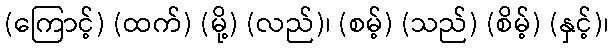
(ကြောင့်) (ထက်) (မို့) (လည်)၊ (စမ့်) (သည်) (စိမ့်) (နှင့်)၊